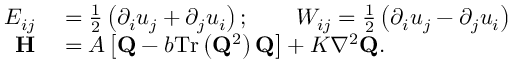
\begin{array} { r l } { E _ { i j } } & { { } = \frac { 1 } { 2 } \left( \partial _ { i } u _ { j } + \partial _ { j } u _ { i } \right) ; \qquad W _ { i j } = \frac { 1 } { 2 } \left( \partial _ { i } u _ { j } - \partial _ { j } u _ { i } \right) } \\ { \mathbf { H } } & { { } = A \left[ \mathbf { Q } \mathbin { - } b \mathrm { T r } \left( \mathbf { Q } ^ { 2 } \right) \mathbf { Q } \right] \mathbin { + } K \nabla ^ { 2 } \mathbf { Q } . } \end{array}